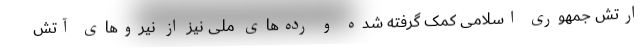
ارتش جمهوری اسلامی کمک گرفته شده و رده‌های ملی نیز از نیروهای آتش